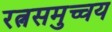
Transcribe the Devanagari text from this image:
रत्नसमुच्चय